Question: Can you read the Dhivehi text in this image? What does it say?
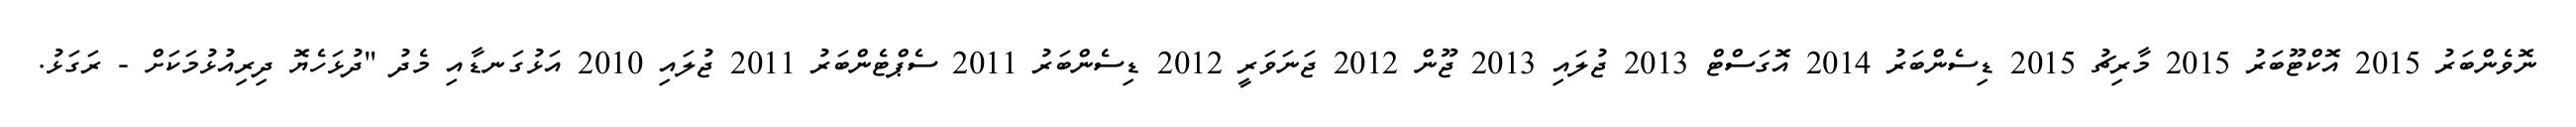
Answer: ނޮވެންބަރު 2015 އޮކްޓޫބަރު 2015 މާރިޗު 2015 ޑިސެންބަރު 2014 އޮގަސްޓް 2013 ޖުލައި 2013 ޖޫން 2012 ޖަނަވަރީ 2012 ޑިސެންބަރު 2011 ސެޕްޓެންބަރު 2011 ޖުލައި 2010 އަޅުގަނޑާއި މެދު "ދުޅަހެޔޮ ދިރިއުޅުމަކަށް - ރަގަޅު.